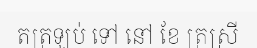
តត្រឡប់ ទៅ នៅ ខែ ត្រស្រី